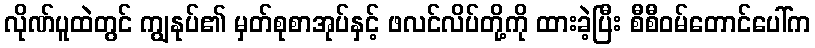
လိုဏ်ပူထဲတွင် ကျွနုပ်၏ မှတ်စုစာအုပ်နှင့် ဖလင်လိပ်တို့ကို ထားခဲ့ပြီး စီစီဝမ်တောင်ပေါ်က